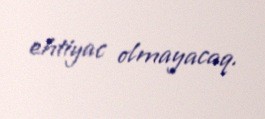
ehtiyac olmayacaq.